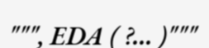
""", EDA ( ?... )"""